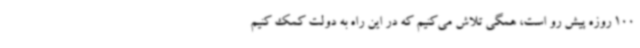
100 روزه پیش رو است، همگی تلاش می‌کنیم که در این راه به دولت کمک کنیم